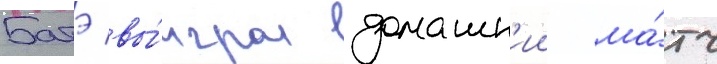
Батэ вы́играл домашн'ии ма́тч